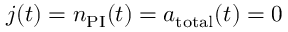
j ( t ) = n _ { \mathrm { P I } } ( t ) = a _ { \mathrm { t o t a l } } ( t ) = 0